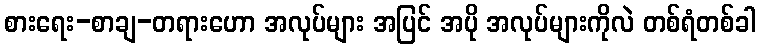
စားရေး-စာချ-တရားဟော အလုပ်များ အပြင် အပို အလုပ်များကိုလဲ တစ်ရံတစ်ခါ